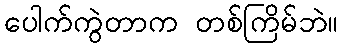
ပေါက်ကွဲတာက တစ်ကြိမ်ဘဲ။